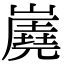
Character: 𡽧